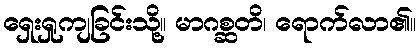
ရှေးရှုကျခြင်းသို့။ မာဂစ္ဆတိ၊ ရောက်လာ၏။